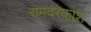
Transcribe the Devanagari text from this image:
रामदरकाश